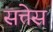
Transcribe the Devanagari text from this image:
सत्तेस